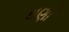
ઘણાઁ